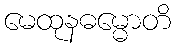
မေထုနဓမ္မောတိ